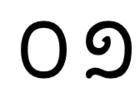
០១